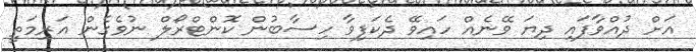
އަށް ދުއްވާފައި ދިޔަ ވޭނެއް ހައިވޭ ދެކަފިވާ ހިސާބުން ކޮންޓްރޯލް ނުވެގެން އަރިމަތީ